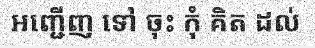
អញ្ជើញ ទៅ ចុះ កុំ គិត ដល់